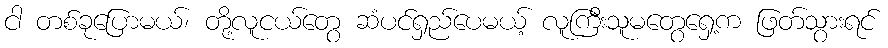
ငါ တစ်ခုပြောမယ်၊ တို့လူငယ်တွေ ဆံပင်ရှည်ပေမယ့် လူကြီးသူမတွေရှေ့က ဖြတ်သွားရင်